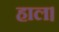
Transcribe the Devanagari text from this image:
हाल।